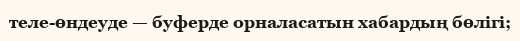
теле-өндеуде — буферде орналасатын хабардың бөлігі;